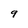
Character: 9